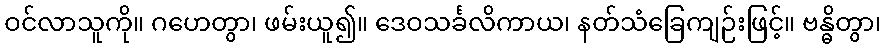
ဝင်လာသူကို။ ဂဟေတွာ၊ ဖမ်းယူ၍။ ဒေဝသင်္ခလိကာယ၊ နတ်သံခြေကျဉ်းဖြင့်။ ဗန္ဓိတွာ၊